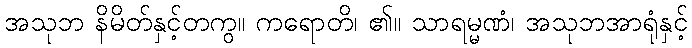
အသုဘ နိမိတ်နှင့်တကွ။ ကရောတိ၊ ၏။ သာရမ္မဏံ၊ အသုဘအာရုံနှင့်